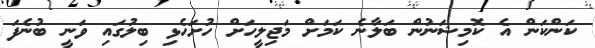
ކަންކަން އެ ކޮމިޝަނުން ބަލާނެ ކަމަށް މަޖިލީހަށް ހުށަހެޅި ބިލުގައި ވަނީ ބުނެފަ